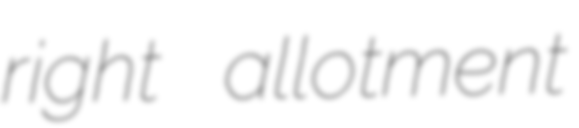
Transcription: right allotment